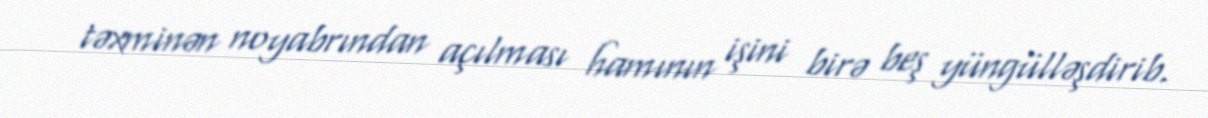
təxminən noyabrından açılması hamının işini birə beş yüngülləşdirib.